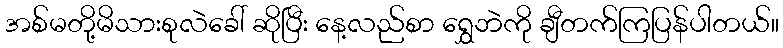
အစ်မတို့မိသားစုလဲခေါ် ဆိုပြီး နေ့လည်စာ ရွှေဘဲကို ချီတက်ကြပြန်ပါတယ်။